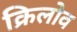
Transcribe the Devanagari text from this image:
क्रिलोव